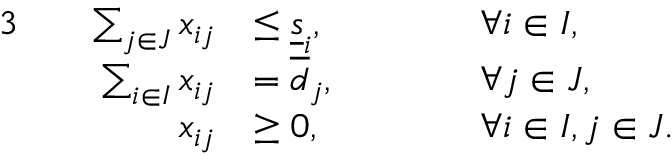
\begin{array} { r l r l r l } { { 3 } } & { } & { \sum _ { j \in J } x _ { i j } } & { \le \underline { { s } } _ { i } , } & { \qquad } & { \forall i \in I , } \\ & { } & { \sum _ { i \in I } x _ { i j } } & { = \overline { { d } } _ { j } , } & & { \forall j \in J , } \\ & { } & { x _ { i j } } & { \ge 0 , } & & { \forall i \in I , j \in J . } \end{array}